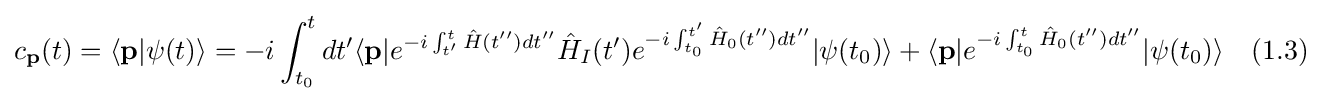
c_{\textbf {p}}(t)=\langle {\textbf {p}}|\psi (t)\rangle =-i\int _{t_{0}}^{t}dt'\langle {\textbf {p}}|e^{-i\int _{t'}^{t}{\hat {H}}(t'')dt''}{\hat {H}}_{I}(t')e^{-i\int _{t_{0}}^{t'}{\hat {H}}_{0}(t'')dt''}|{\psi (t_{0})}\rangle +\langle {\textbf {p}}|e^{-i\int _{t_{0}}^{t}{\hat {H}}_{0}(t'')dt''}|\psi (t_{0})\rangle \quad (1.3)